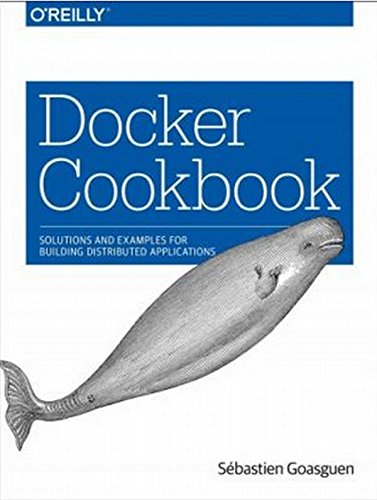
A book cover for Docker Cookbook; SÃ©bastien Goasguen; Computers & Technology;